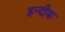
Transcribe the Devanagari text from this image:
हन्दीक